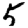
Digit: 5